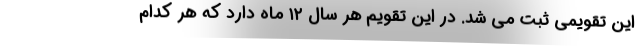
این تقویمی ثبت می شد. در این تقویم هر سال ۱۲ ماه دارد که هر کدام